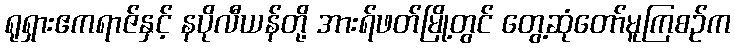
ရုရှားဧကရာဇ်နှင့် နပိုလီယန်တို့ အားရ်ဖတ်မြို့တွင် တွေ့ဆုံတော်မူကြစဉ်က